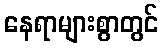
နေရာများစွာတွင်